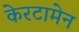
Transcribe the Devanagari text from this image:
केरटामेन